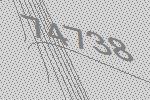
74738